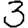
Digit: 3